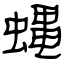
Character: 蝿